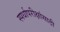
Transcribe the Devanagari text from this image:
स्पर्धापरीक्षांसाठी